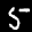
Label: 5